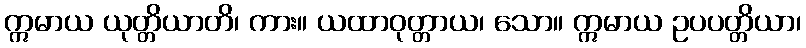
ဣမာယ ယုတ္တိယာတိ၊ ကား။ ယထာဝုတ္တာယ၊ သော။ ဣမာယ ဥပပတ္တိယာ၊